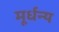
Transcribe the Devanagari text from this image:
मूर्धन्‍य